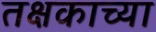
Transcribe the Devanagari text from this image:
तक्षकाच्या